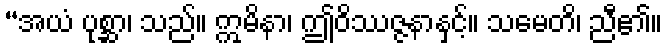
“အယံ ပုစ္ဆာ၊ သည်။ ဣမိနာ၊ ဤဝိဿဇ္ဇနာနှင့်။ သမေတိ၊ ညီ၏။